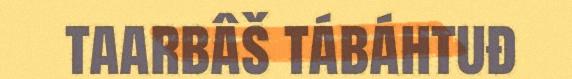
taarbâš tábáhtuđ